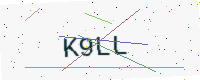
Text: K9LL